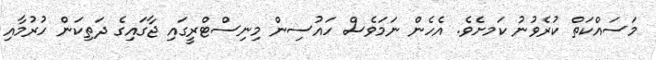
މަސައްކަތް ކުރެވުނު ކަމށެވެ. އެހެން ނަމަވެސް ހައުސިން މިނިސްޓްރީގައި ޖާގައިގެ ދަތިކަން ހުރުމާއި